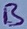
Text: B